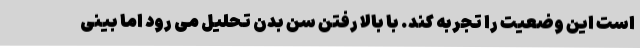
است این وضعیت را تجربه کند. با بالا رفتن سن بدن تحلیل می رود اما بینی